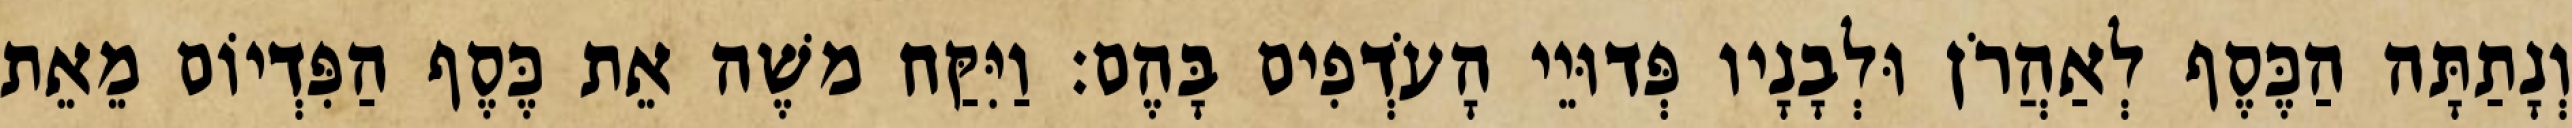
וְנָתַתָּה הַכֶּסֶף לְאַהֲרֹן וּלְבָנָיו פְּדוּיֵי הָעֹדְפִים בָּהֶם׃ וַיִּקַּח משֶׁה אֵת כֶּסֶף הַפִּדְיוֹם מֵאֵת